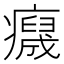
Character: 𤻯